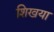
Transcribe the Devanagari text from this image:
शिखया